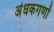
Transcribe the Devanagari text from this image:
अंधकगणों